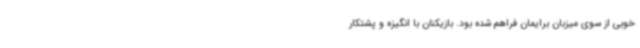
خوبی از سوی میزبان برایمان فراهم شده بود. بازیکنان با انگیزه و پشتکار